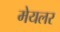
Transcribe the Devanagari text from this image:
मेयलर